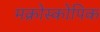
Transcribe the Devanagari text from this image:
मक्रोस्कोपिक